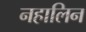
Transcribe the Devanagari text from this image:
नहालिन